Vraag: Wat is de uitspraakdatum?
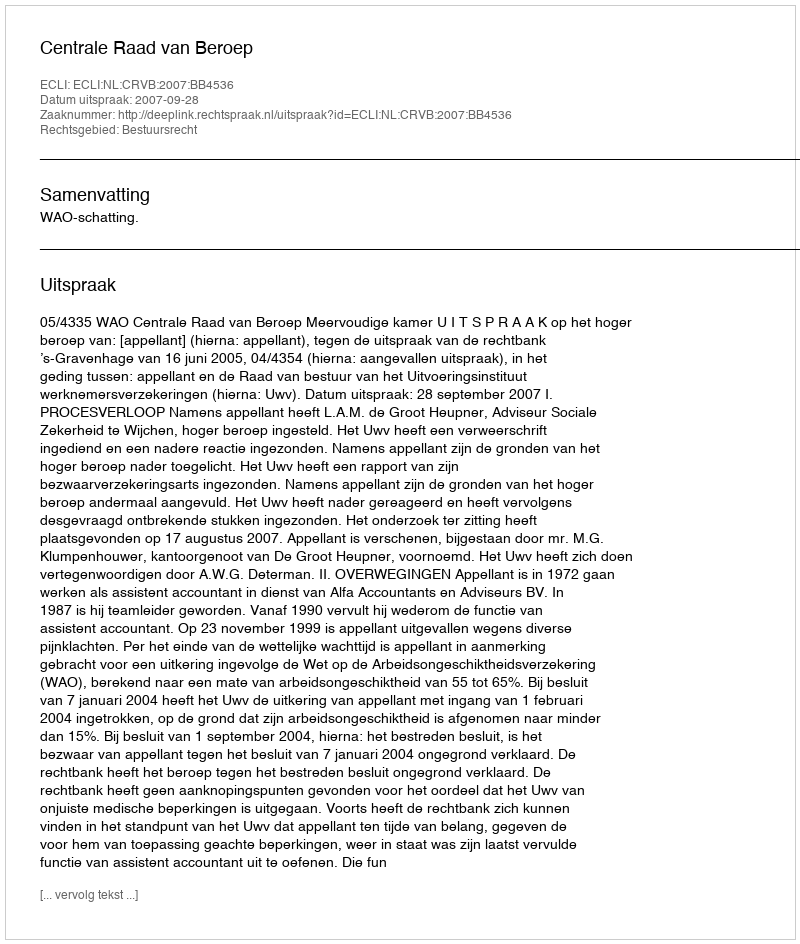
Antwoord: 2007-09-28